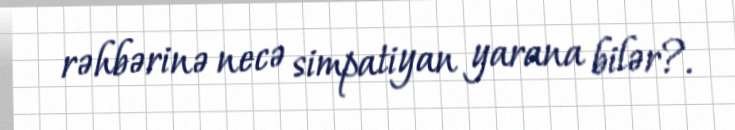
rəhbərinə necə simpatiyan yarana bilər?.